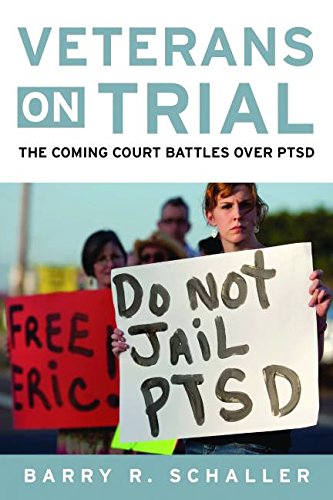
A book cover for Veterans on Trial: The Coming Court Battles over PTSD; Barry Schaller; Law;